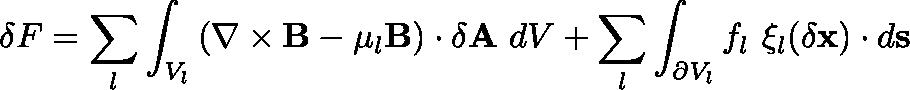
\delta F = \sum _ { l } \int _ { V _ { l } } \left( \nabla \times \mathbf { B } - \mu _ { l } \mathbf { B } \right) \cdot \delta \mathbf { A } \ d V + \sum _ { l } \int _ { \partial V _ { l } } f _ { l } \ \mathbf { \xi } _ { l } ( \delta \mathbf { x } ) \cdot d \mathbf { s }